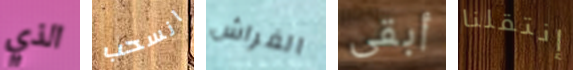
الذي انسحب الفراش أبقى إنتقلنا